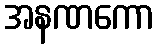
အနဏကော